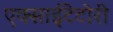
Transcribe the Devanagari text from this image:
एक्साईटेटोरी